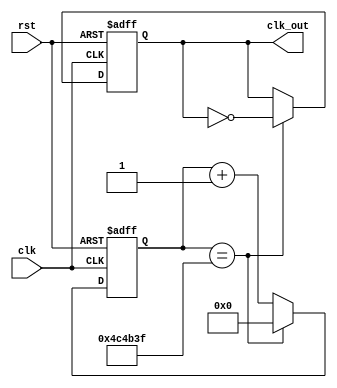
`timescale 1ns / 1ps
//////////////////////////////////////////////////////////////////////////////////
// Company: 
// Engineer: 
// 
// Design Name: 
// Module Name: clockDivider
// Project Name: 
// Target Devices: 
// Tool Versions: 
// Description: 
// 
// Dependencies: 
// 
// Revision:
// Revision 0.01 - File Created
// Additional Comments:
// 
//////////////////////////////////////////////////////////////////////////////////

module clockDivider#(parameter n = 5000000) (input clk, rst, output reg clk_out);
reg [31:0] count;

always @ (posedge clk, posedge rst) begin
if (rst == 1'b1) count <= 32'b0;
else if (count == n-1) count <= 32'b0;
else count <= count + 1;
end

always @ (posedge clk, posedge rst) begin
if (rst) clk_out <= 0;
else if (count == n-1) clk_out <= ~ clk_out;
end
endmodule